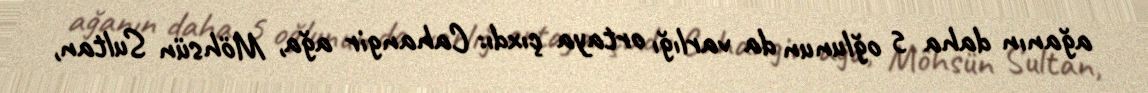
ağanın daha 5 oğlunun da varlığı ortaya çıxdı: Cahangir ağa, Möhsün Sultan,